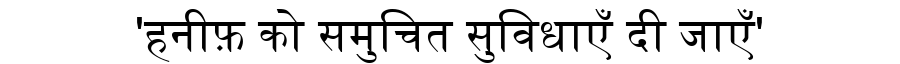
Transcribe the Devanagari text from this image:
'हनीफ़ को समुचित सुविधाएँ दी जाएँ'